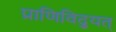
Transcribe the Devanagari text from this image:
प्राणिविद्युत्